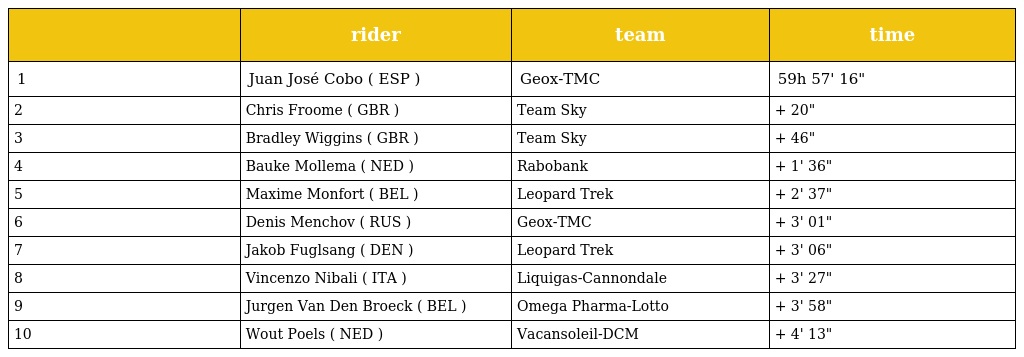
|  | rider | team | time |
 | --- | --- | --- | --- |
 | 1 | Juan José Cobo ( ESP ) | Geox-TMC | 59h 57' 16" |
 | 2 | Chris Froome ( GBR ) | Team Sky | + 20" |
 | 3 | Bradley Wiggins ( GBR ) | Team Sky | + 46" |
 | 4 | Bauke Mollema ( NED ) | Rabobank | + 1' 36" |
 | 5 | Maxime Monfort ( BEL ) | Leopard Trek | + 2' 37" |
 | 6 | Denis Menchov ( RUS ) | Geox-TMC | + 3' 01" |
 | 7 | Jakob Fuglsang ( DEN ) | Leopard Trek | + 3' 06" |
 | 8 | Vincenzo Nibali ( ITA ) | Liquigas-Cannondale | + 3' 27" |
 | 9 | Jurgen Van Den Broeck ( BEL ) | Omega Pharma-Lotto | + 3' 58" |
 | 10 | Wout Poels ( NED ) | Vacansoleil-DCM | + 4' 13" |